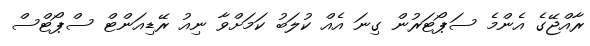
ރާއްޖޭގެ އެންމެ ސަޕޯޓަރުން ގިނަ އެއް ކުލަބު ކަމަށްވާ ނިއު ރޭޑިއަންޓް ސްޕޯޓްސް